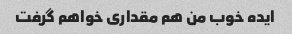
ایده خوب من هم مقداری خواهم گرفت